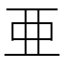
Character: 亜